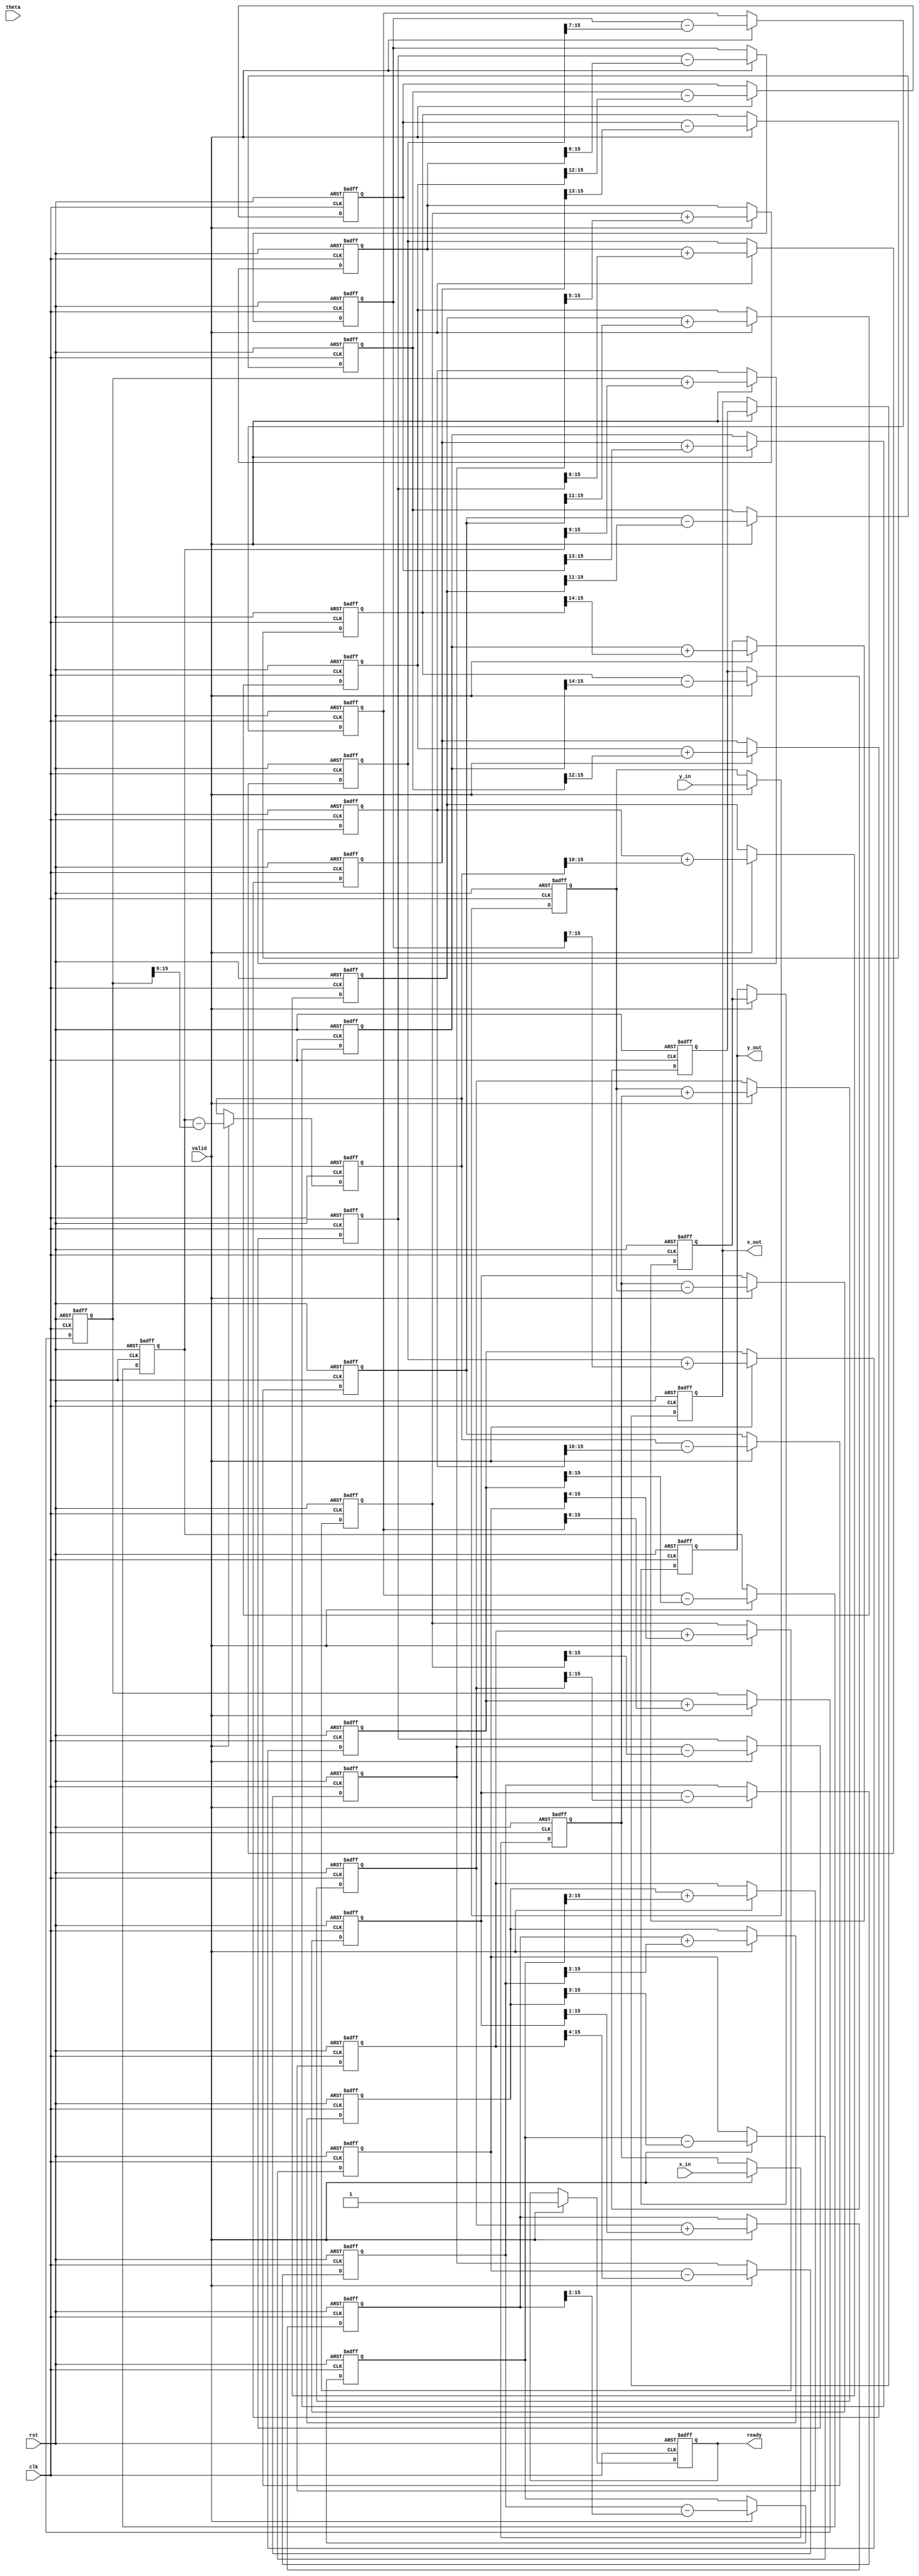
module Pipeline_CORDIC (
    input clk,
    input rst,
    input [15:0] theta, // Input angle in fixed-point representation
    input [15:0] x_in,  // Initial x coordinate
    input [15:0] y_in,  // Initial y coordinate
    input valid,        // Input valid signal
    output reg [15:0] x_out, // Output x coordinate
    output reg [15:0] y_out, // Output y coordinate
    output reg ready    // Output ready signal
);

    // Parameters
    parameter NUM_STAGES = 16; // Number of CORDIC stages
    parameter ANGLE_WIDTH = 16; // Width of angle representation
    parameter COORD_WIDTH = 16; // Width of coordinate representation

    // CORDIC angle lookup table
    reg [ANGLE_WIDTH-1:0] angle_table [0:NUM_STAGES-1];
    initial begin
        // Initialize angle lookup table with precomputed values
        angle_table[0] = 16'h2000; // atan(2^0)
        angle_table[1] = 16'h1000; // atan(2^-1)
        angle_table[2] = 16'h0800; // atan(2^-2)
        angle_table[3] = 16'h0400; // atan(2^-3)
        angle_table[4] = 16'h0200; // atan(2^-4)
        angle_table[5] = 16'h0100; // atan(2^-5)
        angle_table[6] = 16'h0080; // atan(2^-6)
        angle_table[7] = 16'h0040; // atan(2^-7)
        angle_table[8] = 16'h0020; // atan(2^-8)
        angle_table[9] = 16'h0010; // atan(2^-9)
        angle_table[10] = 16'h0008; // atan(2^-10)
        angle_table[11] = 16'h0004; // atan(2^-11)
        angle_table[12] = 16'h0002; // atan(2^-12)
        angle_table[13] = 16'h0001; // atan(2^-13)
        angle_table[14] = 16'h0000; // atan(2^-14)
        angle_table[15] = 16'h0000; // atan(2^-15)
    end

    // Pipeline registers
    reg [COORD_WIDTH-1:0] x_reg [0:NUM_STAGES-1];
    reg [COORD_WIDTH-1:0] y_reg [0:NUM_STAGES-1];
    reg [ANGLE_WIDTH-1:0] theta_reg [0:NUM_STAGES-1];

    // Control logic
    integer i;
    always @(posedge clk or posedge rst) begin
        if (rst) begin
            // Reset outputs and pipeline registers
            x_out <= 16'b0;
            y_out <= 16'b0;
            ready <= 1'b0;
            for (i = 0; i < NUM_STAGES; i = i + 1) begin
                x_reg[i] <= 16'b0;
                y_reg[i] <= 16'b0;
                theta_reg[i] <= 16'b0;
            end
        end else if (valid) begin
            // Load initial values into the first stage
            x_reg[0] <= x_in;
            y_reg[0] <= y_in;
            theta_reg[0] <= theta;

            // Pipeline processing
            for (i = 0; i < NUM_STAGES - 1; i = i + 1) begin
                x_reg[i + 1] <= x_reg[i] - (y_reg[i] >>> i);
                y_reg[i + 1] <= y_reg[i] + (x_reg[i] >>> i);
                theta_reg[i + 1] <= theta_reg[i] - angle_table[i];
            end

            // Final output assignment
            x_out <= x_reg[NUM_STAGES - 1];
            y_out <= y_reg[NUM_STAGES - 1];
            ready <= 1'b1; // Signal that output is ready
        end
    end

endmodule